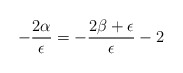
\begin{align*}-\frac{2\alpha}{\epsilon }=-\frac{2\beta+\epsilon }{\epsilon }-2\end{align*}